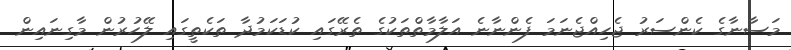
މަސާނާގެ ކެންސަރު ޖެހިއްޖެނަމަ ފެންނާނެ އަލާމާތްތަކުގެ ތެރޭގައި ކުޑަކަމުދާ ތަކެތީގައި ލޭހުރުން މާގިނައިން